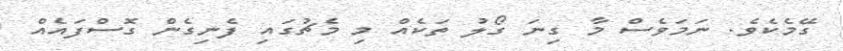
ގޭމެކެވެ. ނަމަވެސް މާ ގިނަ ގޯލު ތަކެއް މި މެޗުގައި ފެނިގެން ގޮސްފައެއް